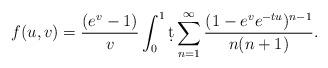
LaTeX: \begin{align*}f(u,v) = {( e^{v}-1)\over v} \int_0^1 \d t \sum_{n=1}^\infty {(1-e^{v} e^{-tu})^{n-1} \over n(n+1)}.\end{align*}